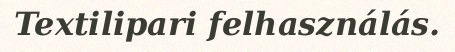
Textilipari felhasználás.